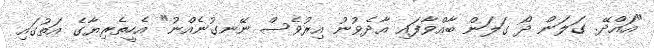
"އައްދޭ. ގަލަން ދޯ ގަލަން ބާއްވާފައި އާދެވުނު އިރުވެސް ނޭނގުނެއްނު" އެހީތެރިޔާގެ އަތުގައި